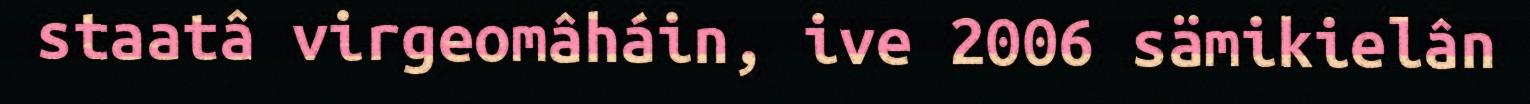
staatâ virgeomâháin, ive 2006 sämikielân